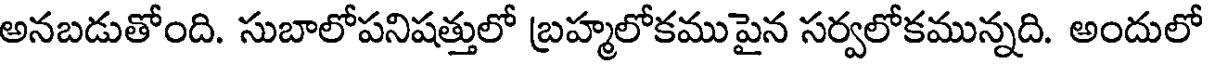
అనబడుతోంది. సుబాలోపనిషత్తులో బ్రహ్మలోకముపైన సర్వలోకమున్నది. అందులో